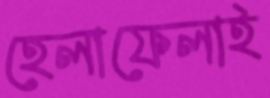
হেলাফেলাই